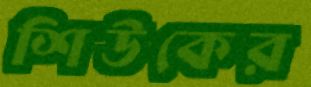
শিউকের